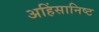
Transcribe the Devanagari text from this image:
अहिंसानिष्ट